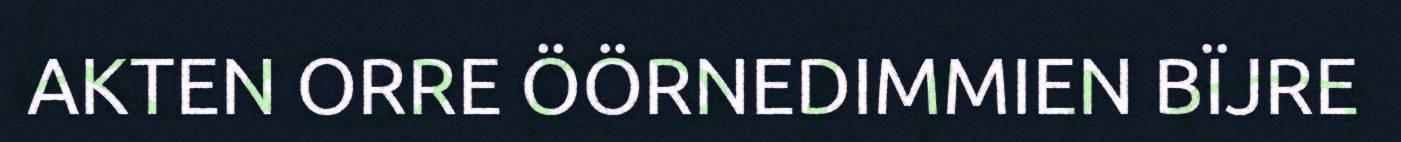
AKTEN ORRE ÖÖRNEDIMMIEN BÏJRE